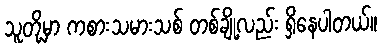
သူတို့မှာ ကစားသမားသစ် တစ်ချို့လည်း ရှိနေပါတယ်။